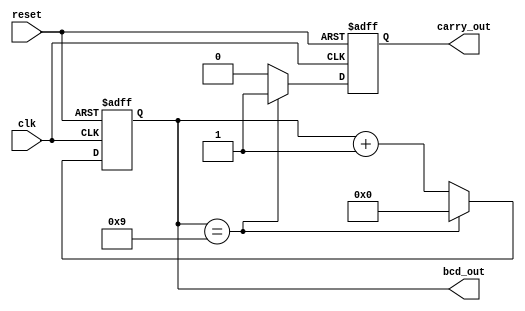
module bcd_counter (
    input wire clk,
    input wire reset,
    output reg [3:0] bcd_out,
    output reg carry_out
);

reg [3:0] bcd_reg;

always @(posedge clk or posedge reset) begin
    if (reset) begin
        bcd_reg <= 4'h0;
        carry_out <= 1'b0;
    end else begin
        if (bcd_reg == 4'h9) begin
            bcd_reg <= 4'h0;
            carry_out <= 1'b1;
        end else begin
            bcd_reg <= bcd_reg + 1;
            carry_out <= 1'b0;
        end
    end
end

assign bcd_out = bcd_reg;

endmodule